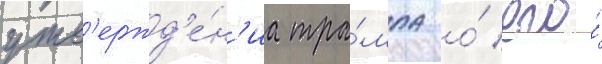
утв'ержд'е́н'иа тра́мпа о́ его́